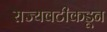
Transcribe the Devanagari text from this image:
राज्यवटीकडून